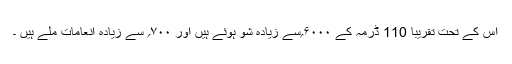
اس کے تحت تقریباً 110 ڈرمہ کے ۶۰۰۰؍سے زیادہ شو ہوئے ہیں اور ۷۰۰؍ سے زیادہ انعامات ملے ہیں ۔